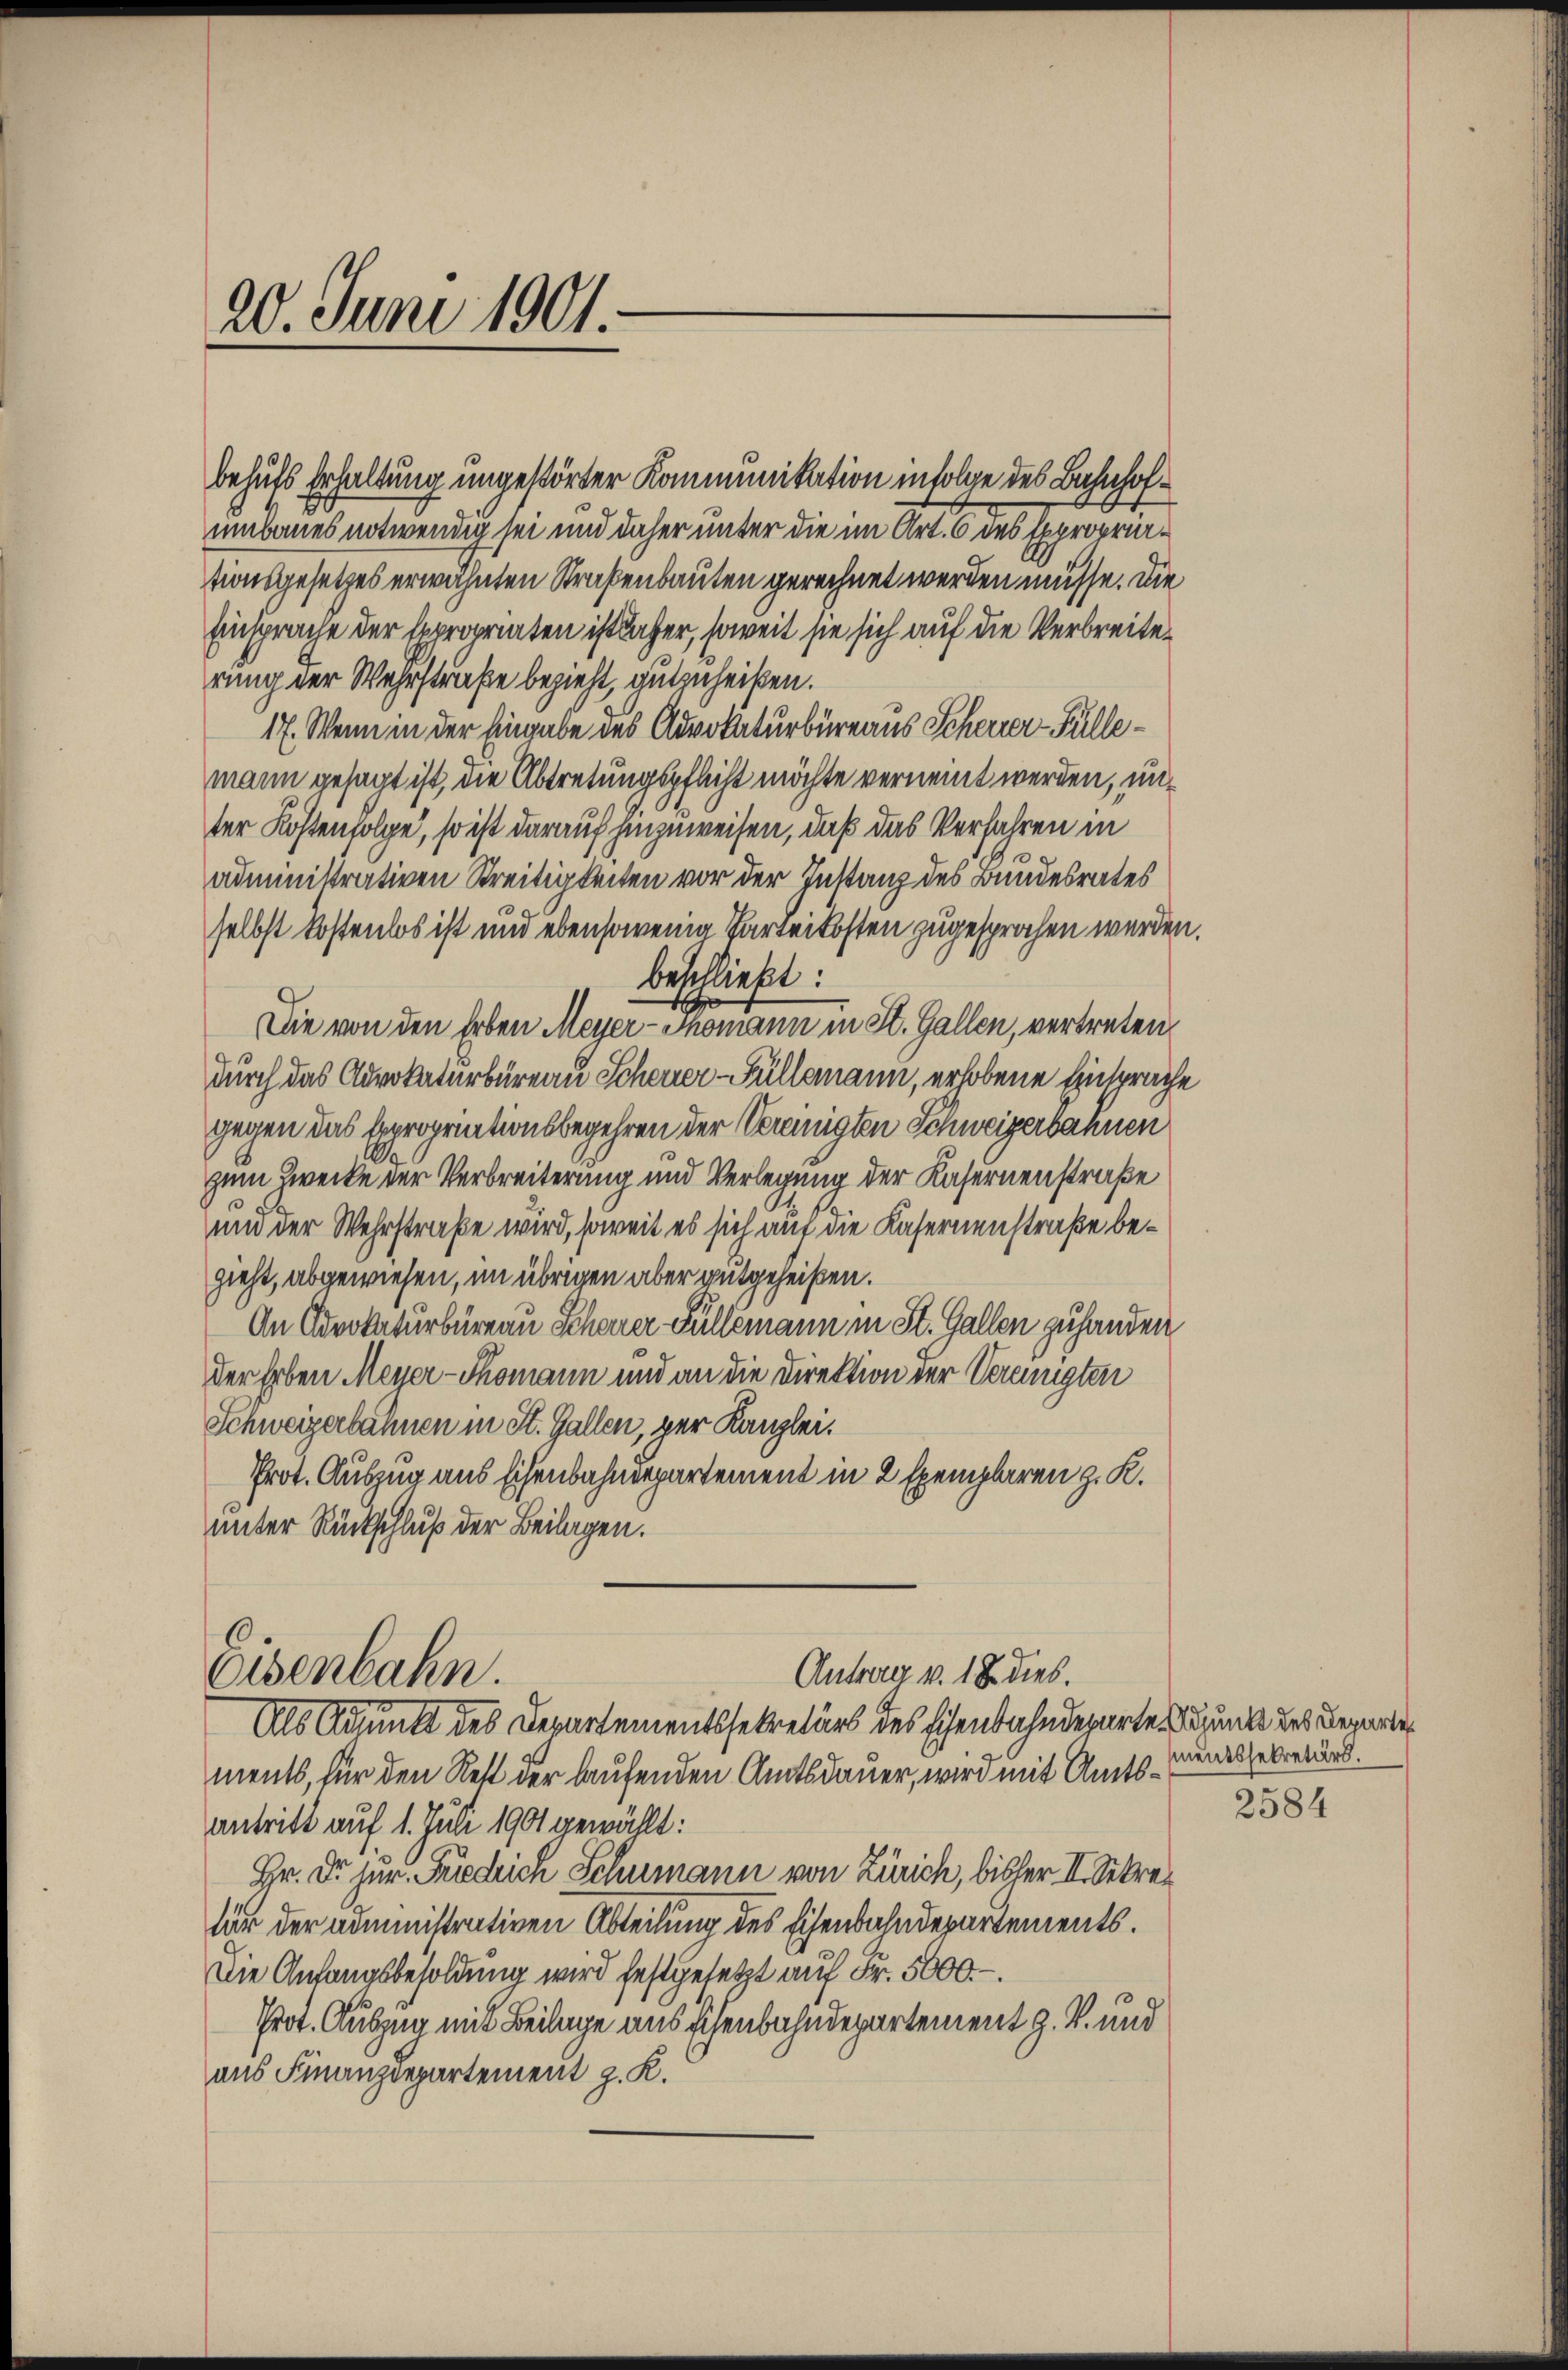
20. Juni 1901.

behufs Erhaltung ungestörter Kommunikation infolge des Bahnhofumbaues notwendig sei und daher unter die im Art. 6 des Exproprirtionsgesetzes erwähnten Straßenbauten gerechnet werden müsse. Die
Einsprache der Expropriaten ist daher, soweit sie sich auf die Verbreiterung der Wehrstraße bezieht, gutzuheißen.
17. Wenn in der Eingabe des Advokaturbüreaus Scherrer-Füllemann gesagt ist, die Abtretungspflicht möchte vernennt werden, unter Kostenfolge, so ist darauf hinzuweisen, daß das Verfahren in
administrativen Streitigkeiten vor der Instanz des Bundesrates
selbst kostenlos ist und ebensowenig Parteikosten zugesprochen werden.
betlliebt:
4
Die von den Erben Meyer-Thomann in St. Gallen, vertreten
durch das Advokaturbüreau Scheuer-Füllemann, erhobene Einsprache
gegen das Expropriationsbegehren der Vereinigten Schweizerbahnen
zum Zwecke der Verbreiterung und Verlegung der Kasernenstraße
und der Wehrstraße wird, soweit es sich auf die Kasernenstraße bezieht, abgewiesen, im übrigen aber gutgeheißen.
An Advokaturbüreau Scharer Füllemann in St. Gallen zuhanden
der Erben Meyer-Thomann und an die Direktion der Vereinigten
Schweizerbahnen in St. Gallen, per Kanzlei.
Prot. Auszug aus Eisenbahnerpartement in 2 Exemplaren z. K.
unter Rückschluß der Beilagen.

Eisenbahn.
Antrag v. 18. dies.
Als Adjunkt des Departementssekretärs des Eisenbahndeparte Depunkt des Begarte

ments, für den Rest der laufenden Amtsdauer, wird mit Amtsantritt auf 1. Juli 1901 gewählt:
Hr. Dr. jur. Friedrich Schumann von Zürich, bisher II. Sekrefür der administrativen Abteilung des Eisenbahndepartements.
Die Anfangsbesoldung wird festgesetzt auf Fr. 5000.-.
Prot. Auszug mit Beilage aus Eisenbahndepartement z. B. und
aus Finanzdepartement z. K.

mentssekretärs.

2584